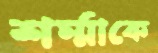
শর্ম্মাকে